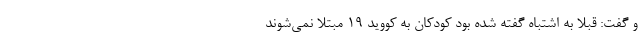
و گفت: قبلا به اشتباه گفته شده بود کودکان به کووید ۱۹ مبتلا نمی‌شوند